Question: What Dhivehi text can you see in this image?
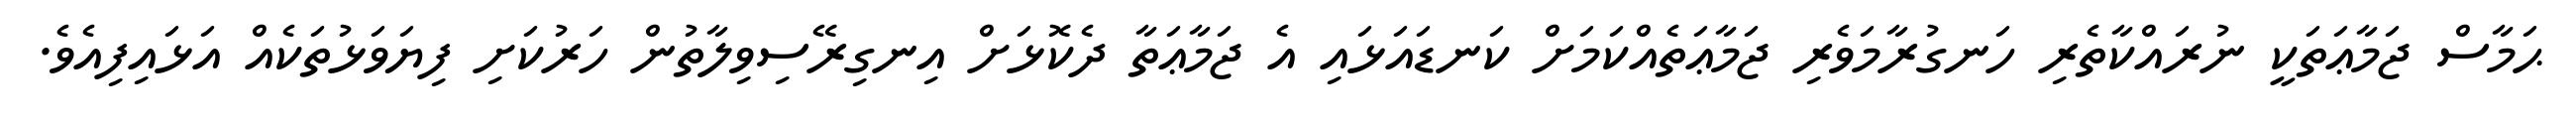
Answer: ޙަމާސް ޖަމާޢަތަކީ ނުރައްކާތެރި ހަނގުރާމަވެރި ޖަމާޢަތެއްކަމަށް ކަނޑައަޅައި އެ ޖަމާޢަތާ ދެކޮޅަށް އިނގިރޭސިވިލާތުން ހަރުކަށި ފިޔަވަޅުތަކެއް އަޅައިފިއެވެ.